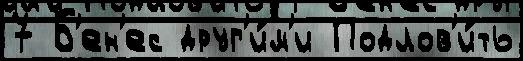
7 Б'ен'ес друг'и́м'и Подлов'и́ть